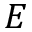
E